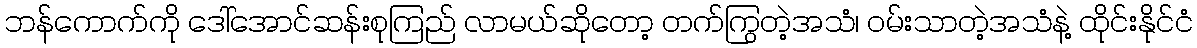
ဘန်ကောက်ကို ဒေါ်အောင်ဆန်းစုကြည် လာမယ်ဆိုတော့ တက်ကြွတဲ့အသံ၊ ဝမ်းသာတဲ့အသံနဲ့ ထိုင်းနိုင်ငံ